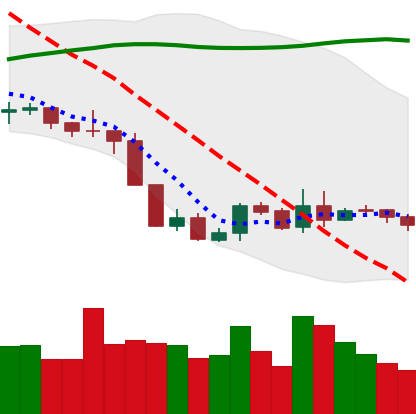
Ticker: BNB-USD
Chart end date: 2019-09-10
Forward return: -5.989%
Label: down_5_7